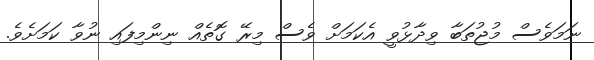
ނަމަވެސް މުޖުތަބާ ވިދާޅުވީ އެކަމަށް ވެސް މިރޭ ގޮތެއް ނިންމިފައި ނުވާ ކަމަށެވެ.